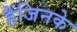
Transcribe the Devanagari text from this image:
हैंजिनके